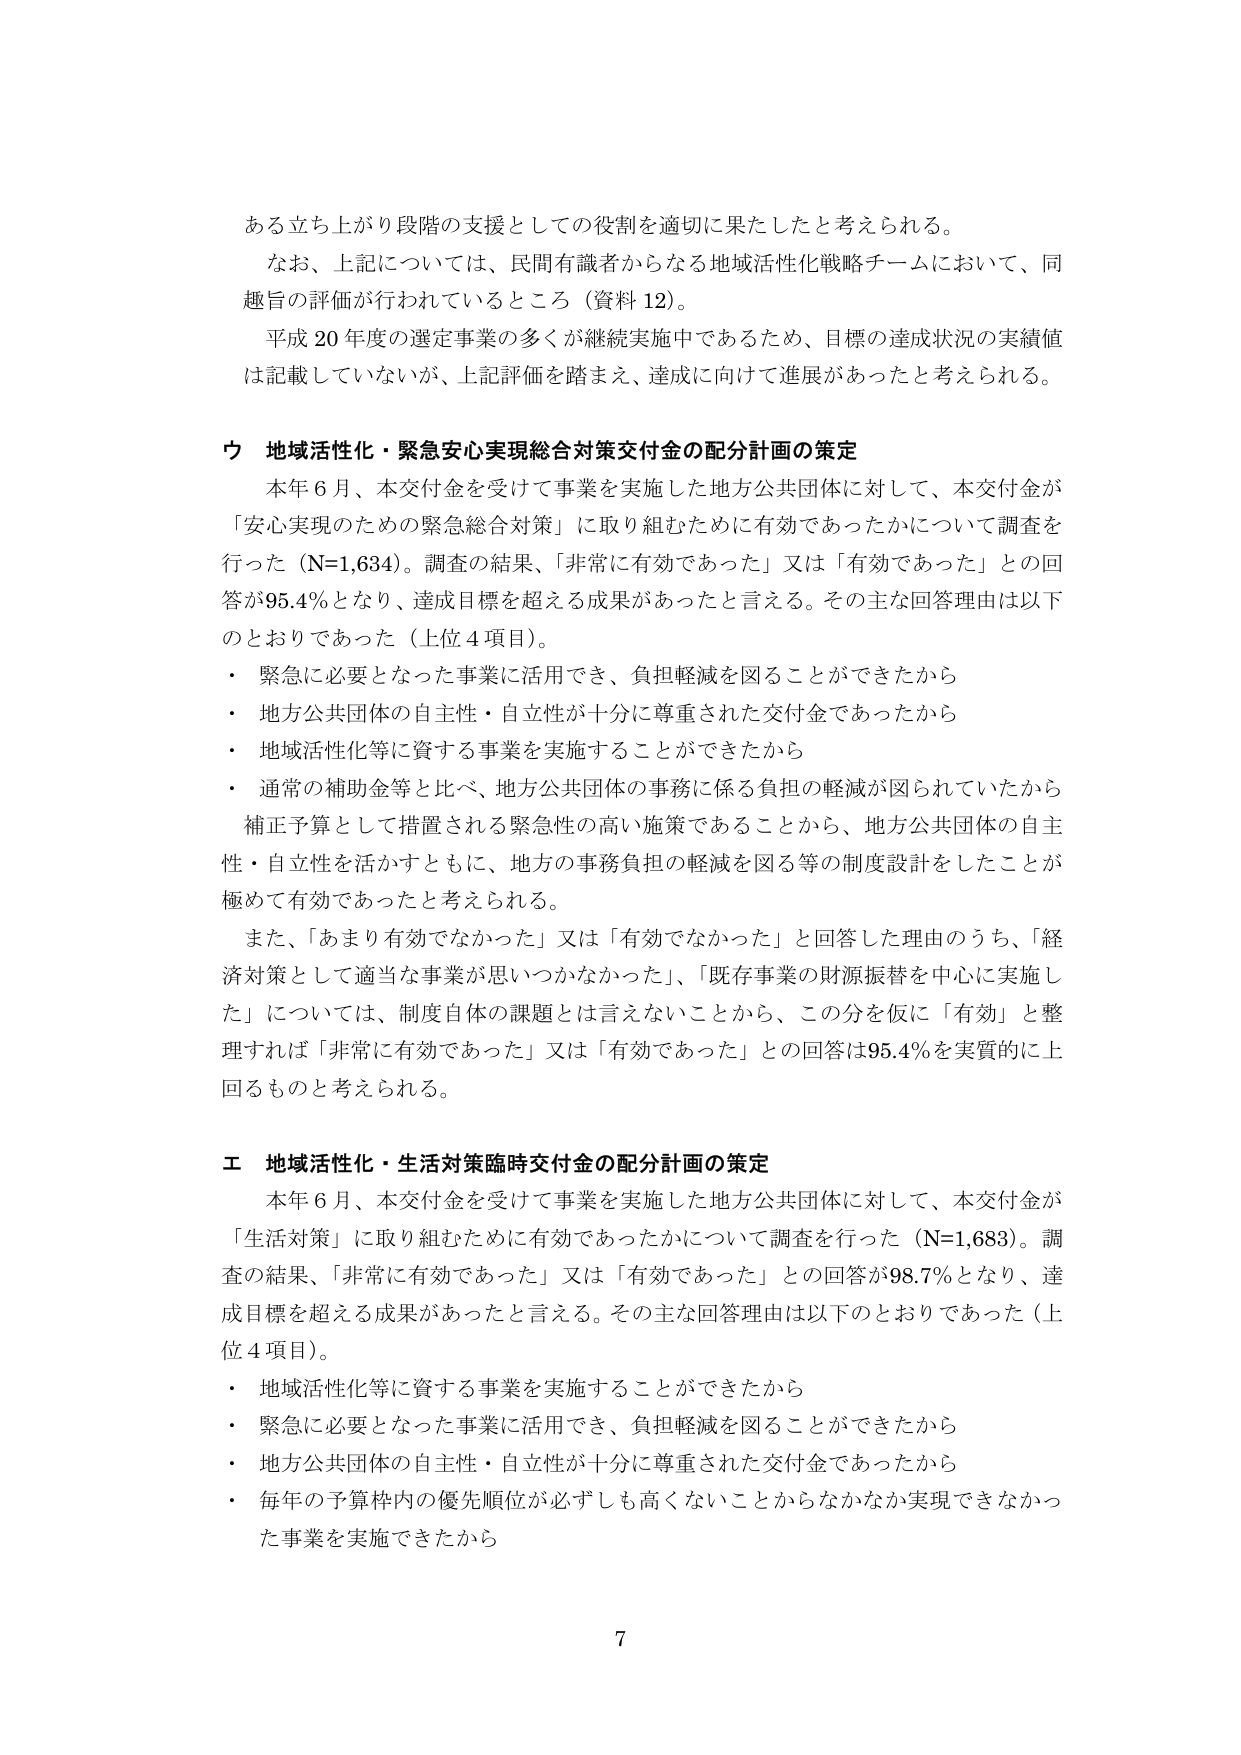
ある立ち上がり段階の支援としての役割を適切に果たしたと考えられる。

なお、上記については、民間有識者からなる地域活性化戦略チームにおいて、同趣旨の評価が行われているところ（資料12）。

平成20年度の選定事業の多くが継続実施中であるため、目標の達成状況の実績値は記載していないが、上記評価を踏まえ、達成に向けて進展があったと考えられる。

ウ 地域活性化・緊急安心実現総合対策交付金の配分計画の策定

本年6月、本交付金を受けて事業を実施した地方公共団体に対して、本交付金が「安心実現のための緊急総合対策」に取り組むために有効であったかについて調査を行った（N=1,634）。調査の結果、「非常に有効であった」又は「有効であった」との回答が95.4％となり、達成目標を超える成果があったと言える。その主な回答理由は以下のとおりであった（上位4項目）。

・ 緊急に必要となった事業に活用でき、負担軽減を図ることができたから
・ 地方公共団体の自主性・自立性が十分に尊重された交付金であったから
・ 地域活性化等に資する事業を実施することができたから
・ 通常の補助金等と比べ、地方公共団体の事務に係る負担の軽減が図られていたから

補正予算として措置される緊急性の高い施策であることから、地方公共団体の自主性・自立性を活かすとともに、地方の事務負担の軽減を図る等の制度設計をしたことが極めて有効であったと考えられる。

また、「あまり有効でなかった」又は「有効でなかった」と回答した理由のうち、「経済対策として適当な事業が思いつかなかった」、「既存事業の財源振替を中心に実施した」については、制度自体の課題とは言えないことから、この分を仮に「有効」と整理すれば「非常に有効であった」又は「有効であった」との回答は95.4％を実質的に上回るものと考えられる。

エ 地域活性化・生活対策臨時交付金の配分計画の策定

本年6月、本交付金を受けて事業を実施した地方公共団体に対して、本交付金が「生活対策」に取り組むために有効であったかについて調査を行った（N=1,683）。調査の結果、「非常に有効であった」又は「有効であった」との回答が98.7％となり、達成目標を超える成果があったと言える。その主な回答理由は以下のとおりであった（上位4項目）。

・ 地域活性化等に資する事業を実施することができたから
・ 緊急に必要となった事業に活用でき、負担軽減を図ることができたから
・ 地方公共団体の自主性・自立性が十分に尊重された交付金であったから
・ 毎年の予算枠内の優先順位が必ずしも高くないことからなかなか実現できなかった事業を実施できたから

7